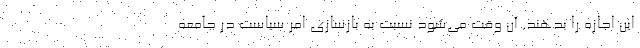
این اجازه را بدهند. آن وقت می‌شود نسبت به بازسازی امر سیاست در جامعه